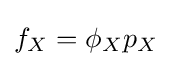
f_{X}=\phi _{X}p_{X}